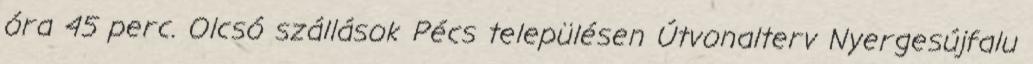
óra 45 perc. Olcsó szállások Pécs településen Útvonalterv Nyergesújfalu